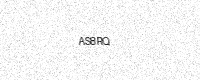
Text: AS8RQ